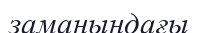
заманындағы